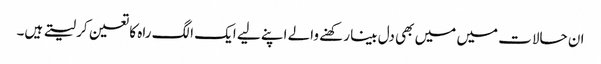
ان حالات میں میں بھی دل بینا رکھنے والے اپنے لیے ایک الگ راہ کا تعین کر لیتے ہیں۔